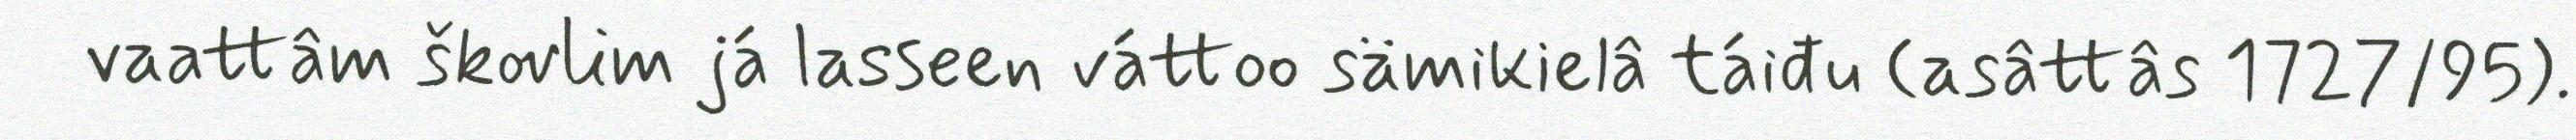
vaattâm škovlim já lasseen váttoo sämikielâ táiđu (asâttâs 1727/95).